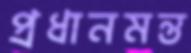
প্রধানমন্ত